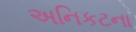
અનિકટના